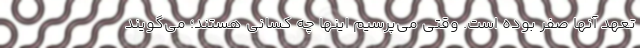
تعهد آنها صفر بوده است. وقتی می‌پرسیم اینها چه کسانی هستند؛ می‌گویند